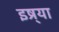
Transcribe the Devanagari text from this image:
इष्र्या